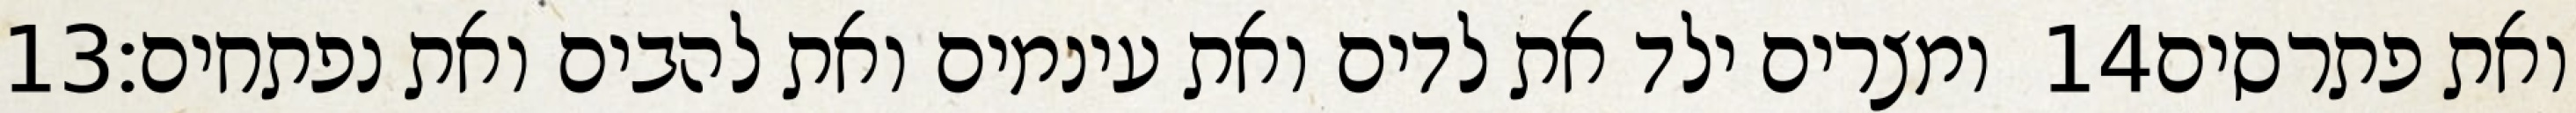
‎13‏ ומצרים ילד את לדים ואת עינמים ואת להבים ואת נפתחים׃ ‎14‏ ואת פתרסים